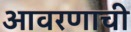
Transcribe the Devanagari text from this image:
आवरणाची